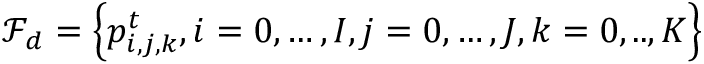
\mathcal { F } _ { d } = \left\{ p _ { i , j , k } ^ { t } , i = 0 , \ldots , I , j = 0 , \ldots , J , k = 0 , . . , K \right\}